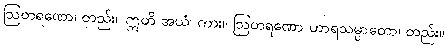
ဩတရဏော၊ တည်း။ ဣတိ အယံ၊ ကား။ ဩတရဏော ဟာရသမ္ပာတော၊ တည်း။